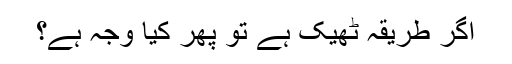
اگر طریقہ ٹھیک ہے تو پھر کیا وجہ ہے؟